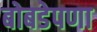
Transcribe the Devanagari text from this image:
बोबडेपणा